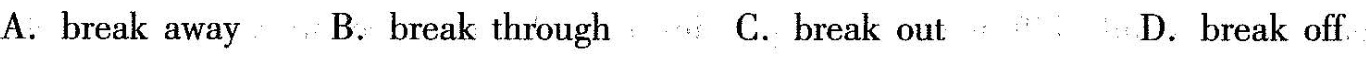
A.Break away B. Break through C.break out D.break off